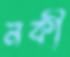
নকী